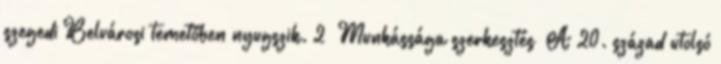
szegedi Belvárosi temetőben nyugszik. 2 Munkássága szerkesztés A 20. század utolsó